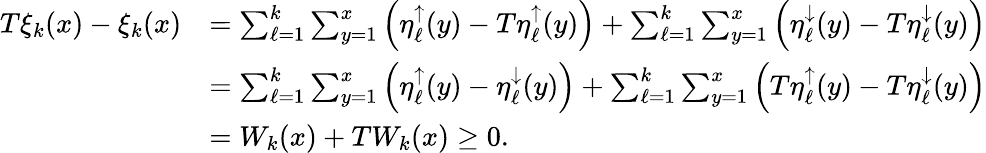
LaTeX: \begin{array}{rl}{T\xi_{k}(x)-\xi_{k}(x)}&{=\sum_{\ell=1}^{k}\sum_{y=1}^{x}\left(\eta_{\ell}^{\uparrow}(y)-T\eta_{\ell}^{\uparrow}(y)\right)+\sum_{\ell=1}^{k}\sum_{y=1}^{x}\left(\eta_{\ell}^{\downarrow}(y)-T\eta_{\ell}^{\downarrow}(y)\right)}\\ &{=\sum_{\ell=1}^{k}\sum_{y=1}^{x}\left(\eta_{\ell}^{\uparrow}(y)-\eta_{\ell}^{\downarrow}(y)\right)+\sum_{\ell=1}^{k}\sum_{y=1}^{x}\left(T\eta_{\ell}^{\uparrow}(y)-T\eta_{\ell}^{\downarrow}(y)\right)}\\ &{=W_{k}(x)+TW_{k}(x)\ge 0.}\end{array}